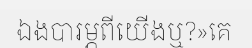
ឯងបារម្ភពីយើងឬ?»គេ